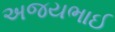
અજયભાઈ